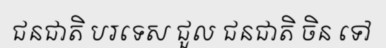
ជនជាតិ បរទេស ជួល ជនជាតិ ចិន ទៅ